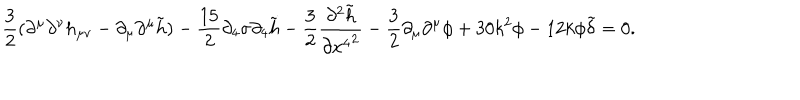
LaTeX: \frac { 3 } { 2 } ( \partial ^ { \mu } \partial ^ { \nu } h _ { \mu \nu } - \partial _ { \mu } \partial ^ { \mu } \tilde { h } ) - \frac { 1 5 } { 2 } \partial _ { 4 } \sigma \partial _ { 4 } \tilde { h } - \frac { 3 } { 2 } \frac { \partial ^ { 2 } \tilde { h } } { \partial { x ^ { 4 } } ^ { 2 } } - \frac { 3 } { 2 } \partial _ { \mu } \partial ^ { \mu } \phi + 3 0 k ^ { 2 } \phi - 1 2 k \phi \tilde { \delta } = 0 .